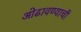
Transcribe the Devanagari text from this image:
ओढावण्याची